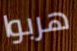
هربوا